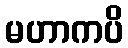
မဟာကပိ